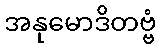
အနုမောဒိတဗ္ဗံ